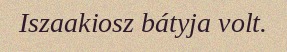
Iszaakiosz bátyja volt.